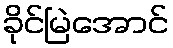
ခိုင်မြဲအောင်